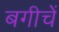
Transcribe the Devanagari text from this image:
बगीचें